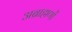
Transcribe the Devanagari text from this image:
अब्राह्मणों